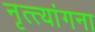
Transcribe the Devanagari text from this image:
नृत्त्यांगना